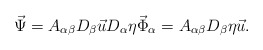
\begin{align*}\vec \Psi=A_{\alpha\beta}D_\beta \vec uD_\alpha \eta \vec \Phi_\alpha=A_{\alpha\beta}D_\beta \eta \vec u.\end{align*}